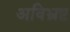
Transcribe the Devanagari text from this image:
अविभ्रष्ट